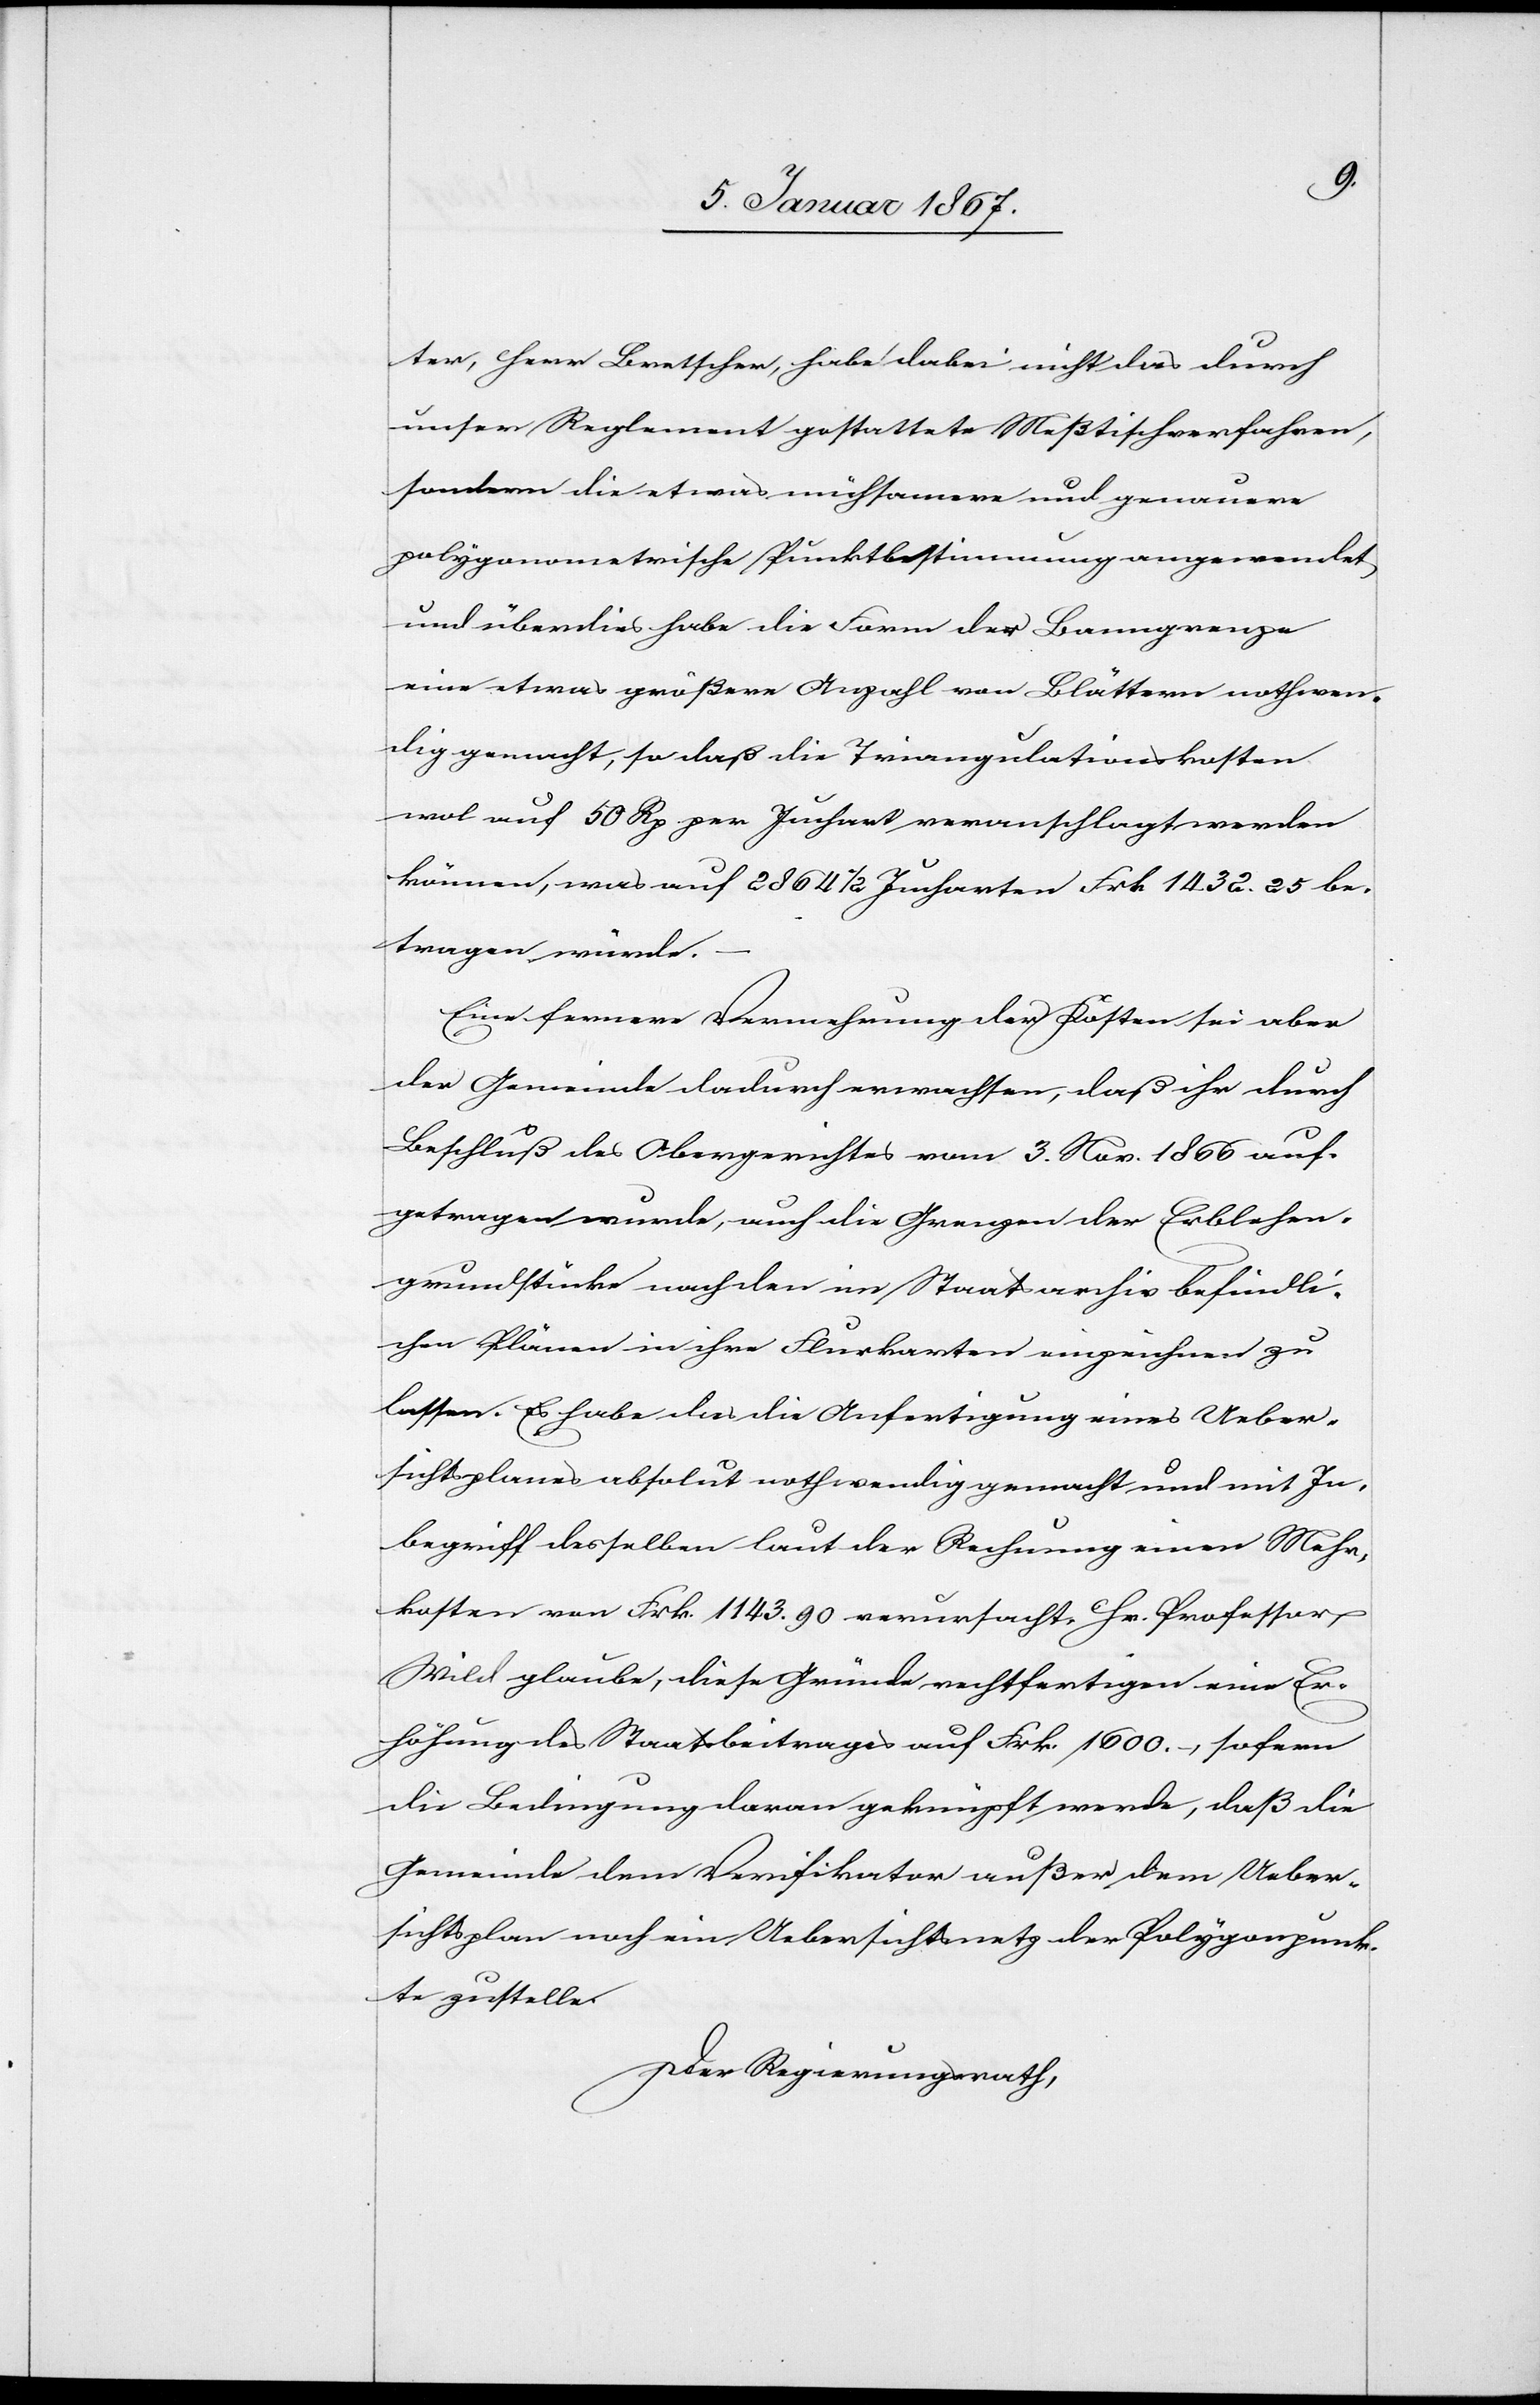
ter, Herr Bretscher, habe dabei nicht das durch
unser Reglement gestattete Meßtischverfahren,
sondern die etwas mühsamere und genauere
polygonometrische Punktbestimmung angewendet
und überdies habe die Form der Banngrenze
eine etwas größere Anzahl von Blättern nothwen¬
dig gemacht, so daß die Triangulationskosten
wol auf 50 Rp per Juchart veranschlagt werden
können, was auf 2864 1/2 Jucharten Frk 1432.25 be¬
tragen würde.
Ein fernere Vernehmung der Kosten sei aber
der Gemeinde dadurch erwachsen, daß ihr durch
Beschluß des Obergerichtes vom 3. Nov. 1866 auf¬
getragen wurde, auch die Grenzen der Erblehen¬
grundstücke nach den im Staatsarchiv befindli¬
chen Plänen in ihre Flurkarten einzeichnen zu
lassen. Es habe das die Anfertigung eines Ueber¬
sichtsplanes absolut nothwenig gemacht und mit In¬
begriff desselben laut der Rechnung einen Mehr¬
kosten von Frk. 1143.90 verursacht. Hr. Professor
Wild glaube, diese Gründe rechtfertigen eine Er¬
höhung des Staatsbeitrages auf Frk. 1600. –, sofern
die Bedingung daran geknüpft werde, daß die
Gemeinde dem Verifikator außer dem Ueber¬
sichtsplan noch ein Uebersichtsnetz der Polygonpunk¬
te zustelle.
Der Regierungsrath,